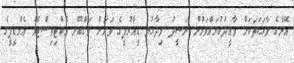
އޭނާގެ ވާހަކަތަކަށް ތާއީދުކުރައްވަމުން ނަޝީދު ވިދާޅުވީ ޑީއާރުޕީގެ ވަރަށް މަގްބޫލް އެކްޓިވިސްޓެއް އެމްޑީޕީގެ